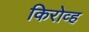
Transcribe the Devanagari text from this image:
किरोव्ह